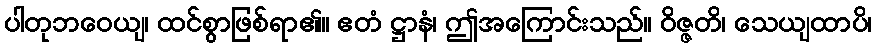
ပါတုဘဝေယျ၊ ထင်စွာဖြစ်ရာ၏။ ဧတံ ဋ္ဌာနံ၊ ဤအကြောင်းသည်။ ဝိဇ္ဇတိ၊ သေယျထာပိ၊